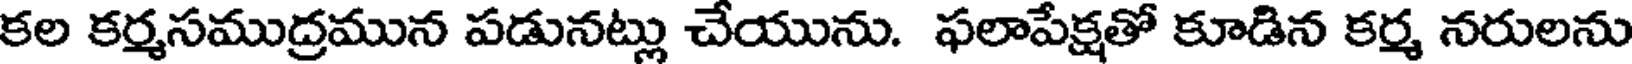
కల కర్మసముద్రమున పడునట్లు చేయును. ఫలాపేక్షతో కూడిన కర్మ నరులను